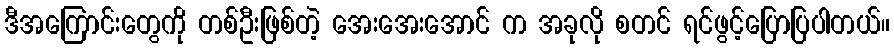
ဒီအကြောင်းတွေကို တစ်ဦးဖြစ်တဲ့ အေးအေးအောင် က အခုလို စတင် ရင်ဖွင့်ပြောပြပါတယ်။